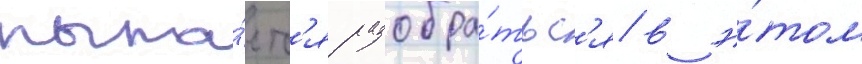
пыта́етс'я разобра́тьс'я в э́том